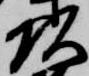
頭